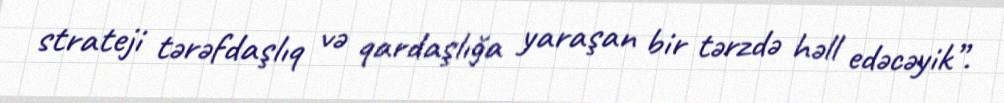
strateji tərəfdaşlıq və qardaşlığa yaraşan bir tərzdə həll edəcəyik”.